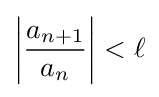
\left|{\frac {a_{n+1}}{a_{n}}}\right|<\ell